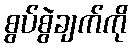
စွပ်စွဲချက်ကို